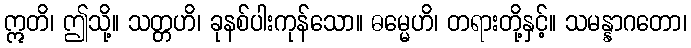
ဣတိ၊ ဤသို့။ သတ္တဟိ၊ ခုနစ်ပါးကုန်သော။ ဓမ္မေဟိ၊ တရားတို့နှင့်။ သမန္နာဂတော၊